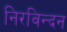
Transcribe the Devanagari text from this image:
निरविन्दन